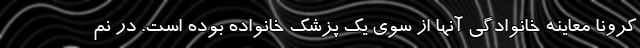
کرونا معاینه خانوادگی آنها از سوی یک پزشک خانواده بوده است. در نم